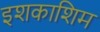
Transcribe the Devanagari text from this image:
इशकाशिम